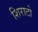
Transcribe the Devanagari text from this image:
शिराटो